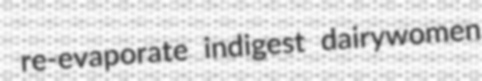
re-evaporate indigest dairywomen